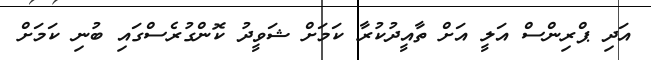
އަދި ޕްރިންސް އަލީ އަށް ތާއީދުކުރާ ކަމަށް ޝަވީދު ކޮންގުރެސްގައި ބުނި ކަމަށް